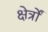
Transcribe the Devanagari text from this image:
क्षेर्त्रों